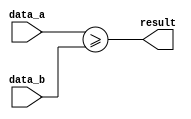
module greater_than_or_equal_comparator (
    input [7:0] data_a,
    input [7:0] data_b,
    output result
);

assign result = (data_a >= data_b);

endmodule